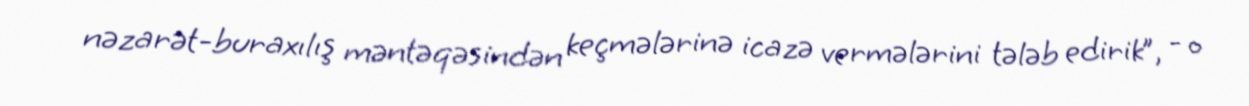
nəzarət-buraxılış məntəqəsindən keçmələrinə icazə vermələrini tələb edirik”, - o